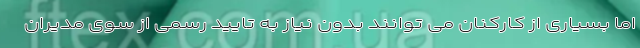
اما بسیاری از کارکنان می توانند بدون نیاز به تایید رسمی از سوی مدیران